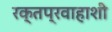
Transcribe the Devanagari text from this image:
रक्तप्रवाहाशी